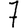
Digit: 7